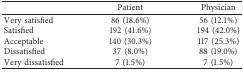
<table><thead><tr><td><b> </b></td><td><b>Patient</b></td><td><b>Physician</b></td></tr></thead><tbody><tr><td>Very satisfied</td><td>86 (18.6%)</td><td>56 (12.1%)</td></tr><tr><td>Satisfied</td><td>192 (41.6%)</td><td>194 (42.0%)</td></tr><tr><td>Acceptable</td><td>140 (30.3%)</td><td>117 (25.3%)</td></tr><tr><td>Dissatisfied</td><td>37 (8.0%)</td><td>88 (19.0%)</td></tr><tr><td>Very dissatisfied</td><td>7 (1.5%)</td><td>7 (1.5%)</td></tr></tbody></table>